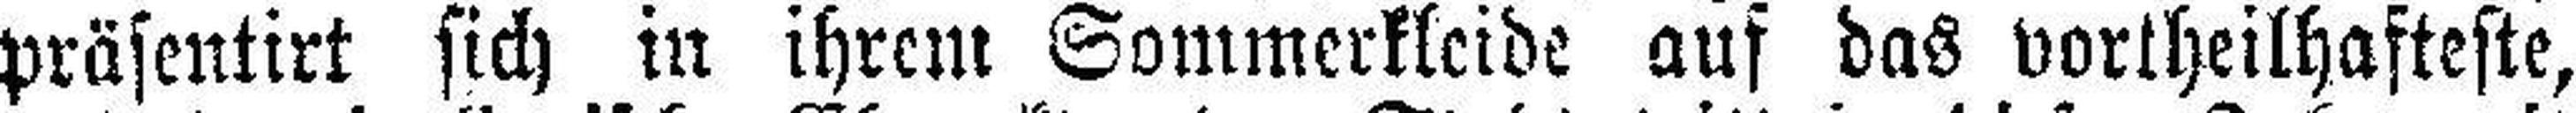
präsentirt sich in ihrem Sommerkleide auf das vortheilhafteste,